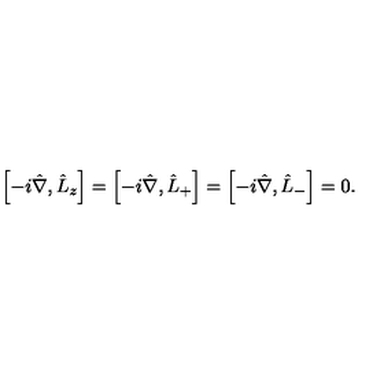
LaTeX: \left[ - i \hat { \nabla } , \hat { L } _ { z } \right] = \left[ - i \hat { \nabla } , \hat { L } _ { + } \right] = \left[ - i \hat { \nabla } , \hat { L } _ { - } \right] = 0 .